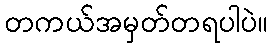
တကယ်အမှတ်တရပါပဲ။